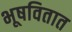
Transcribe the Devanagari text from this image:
भूषवितात